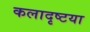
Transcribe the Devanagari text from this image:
कलादृष्टया